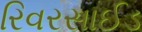
રિવરસાઈડ